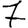
Digit: 7